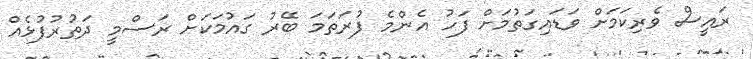
ރައީސް ވެރިކަމަށް ވަޑައިގަތުމަށް ފަހު އެންމެ ފުރަތަމަ ބޭރު ގައުމަކަށް ރަސްމީ ދަތުރުފުޅެއް